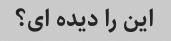
این را دیده ای؟